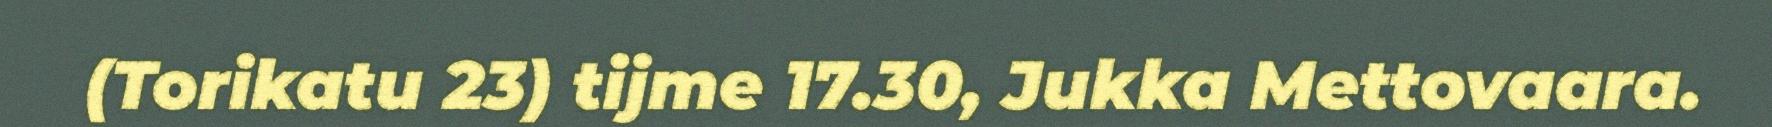
(Torikatu 23) tijme 17.30, Jukka Mettovaara.